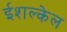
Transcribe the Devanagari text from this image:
ईशल्केल